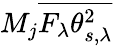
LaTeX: M_{j}\overline{{F_{\lambda}\theta_{s,\lambda}^{2}}}